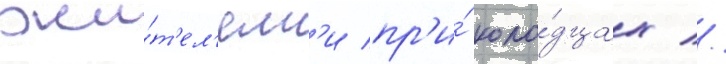
жи́т'ел'ям'и пр'и́ коло́дцах //